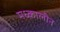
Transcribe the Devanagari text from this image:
मध्कालीन